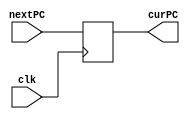
`timescale 1ns / 1ps
//////////////////////////////////////////////////////////////////////////////////
// School: PSU Main Campus
// Name: Justin Ngo
// 
// Project Name: Lab 4, Piplelined CPU
// Modules Contained: PC, PCAdder, instMem, IFID
//////////////////////////////////////////////////////////////////////////////////

// Module      : PC (Program Counter)
// Description : On positive clock edge, update curPC with value of nextPC
// Input(s)    : Clock, nextPC
// Output(s)   : curPC
module pc(input clk, input [31:0] nextPC, output reg[31:0] curPC);
    
    //Initialize pc to 100 
    initial begin
        curPC = 32'd100;   
    end      
    
    //Set pc equal to nextPC
    always @(posedge clk) begin 
        curPC <= nextPC;
    end 
endmodule


// Module      : Adder
// Description : On signal change, set nextPC to curPC + 4
// Input(s)    : curPC
// Output(s)   : nextPC
module adder(input [31:0] curPC, output reg[31:0] nextPC);
             
    always @(*) begin
        nextPC = curPC + 32'd4;
    end 

endmodule 


// Module      : InstMem (Instruction Memory)
// Description : On any signal change, set instOut to the value of IM at curPC
// Input(s)    : curPC
// Output(s)   : instOut
module instMem(input [31:0] curPC, output reg[31:0] instOut); 
                
    reg[31:0] iMem[63:0];

    initial begin
        //lw $2, 00($1) 6'b100011, 5'b00001, 5'b00010, 5'b00000, 5'b00000, 6'b000000;
        iMem[25] <= 32'b10001100001000100000000000000000;
        
        //lw $3, 04($1) 6'b100011, 5'b00001, 5'b00011, 5'b00000, 5'00000, 6'000100;
        iMem[26] <= 32'b10001100001000110000000000000100;
        
        //lw $4, 08($1) 6'b100011, 5'b00001, 5'b00100, 5'b00000, 5'b00000, 6'b001000;
        iMem[27] <= 32'b10001100001001000000000000001000;
        
        //lw $5, 12($1) 6'b100011, 5'b00001, 5'b00101, 5'b00000, 5'b00000, 6'b001100;
        iMem[28] <= 32'b10001100001001010000000000001100;

        //add $6, $2, $10 6'b000000, 5'b00001, 5'b01010, 5'b00110, 5'b00000, 6'b100000;
        iMem[29] <= 32'b00000000001010100011000000100000;
    end
    
    //sets the values of instOut
    always @ (*)begin
        instOut = iMem[curPC[31:2]];
    end
endmodule 


// Module      : IFID (Instruction Fetch Instruction Decode)
// Description : On positive clock edge, set dinstOut to instOut
// Input(s)    : Clock, instOut
// Output(s)   : dinstOut
module IFID(input clk, input[31:0] instOut, output reg[31:0] dinstOut);
            
    always @(posedge clk) begin 
        dinstOut <= instOut;
    end

endmodule